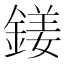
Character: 𨩍